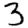
Digit: 3